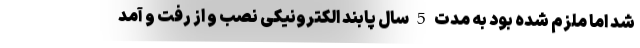
شد اما ملزم شده بود به مدت 5 سال پابند الکترونیکی نصب و از رفت و آمد